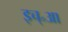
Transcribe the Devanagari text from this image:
इच्॰आ